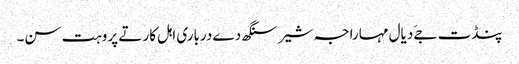
پنڈت جےَ دیال مہاراجہ شیر سنگھ دے درباری اہل کار تے پروہت سن۔